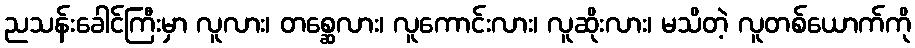
ညသန်းခေါင်ကြီးမှာ လူလား၊ တစ္ဆေလား၊ လူကောင်းလား၊ လူဆိုးလား၊ မသိတဲ့ လူတစ်ယောက်ကို